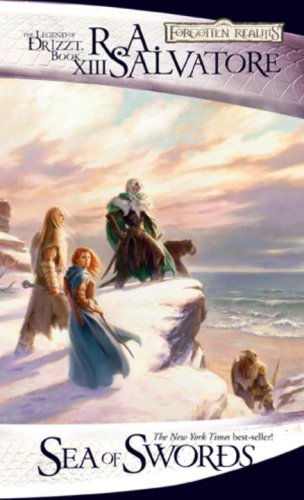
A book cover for Sea of Swords: The Legend of Drizzt, Book XIII; R.A. Salvatore; Science Fiction & Fantasy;